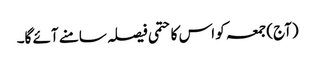
(آج) جمعہ کو اس کا حتمی فیصلہ سامنے آئے گا۔